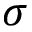
\sigma